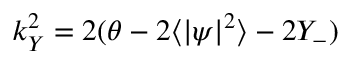
k _ { Y } ^ { 2 } = 2 ( \theta - 2 \langle | \psi | ^ { 2 } \rangle - 2 Y _ { - } )